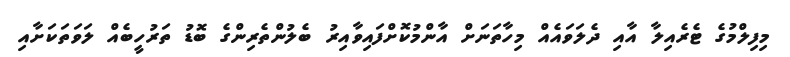
މިފިލްމުުގެ ޓެރެއިލާ އާއި ދެލަވައެއް މިހާތަނަށް އާންމުކޮށްފައިވާއިރު ބެލުންތެރިންގެ ބޮޑު ތަރުހީބެއް ލަވަތަކަށާއި